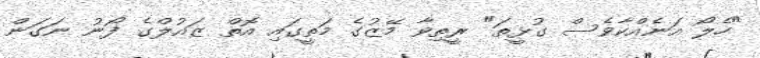
"ހެލޯ އަނެއްކާވެސް ގުޅީތަ" ރީތިވާ މޭޒުގެ މަތީގައި އޮތް ޒައުލްގެ ފޯނު ނަގަން